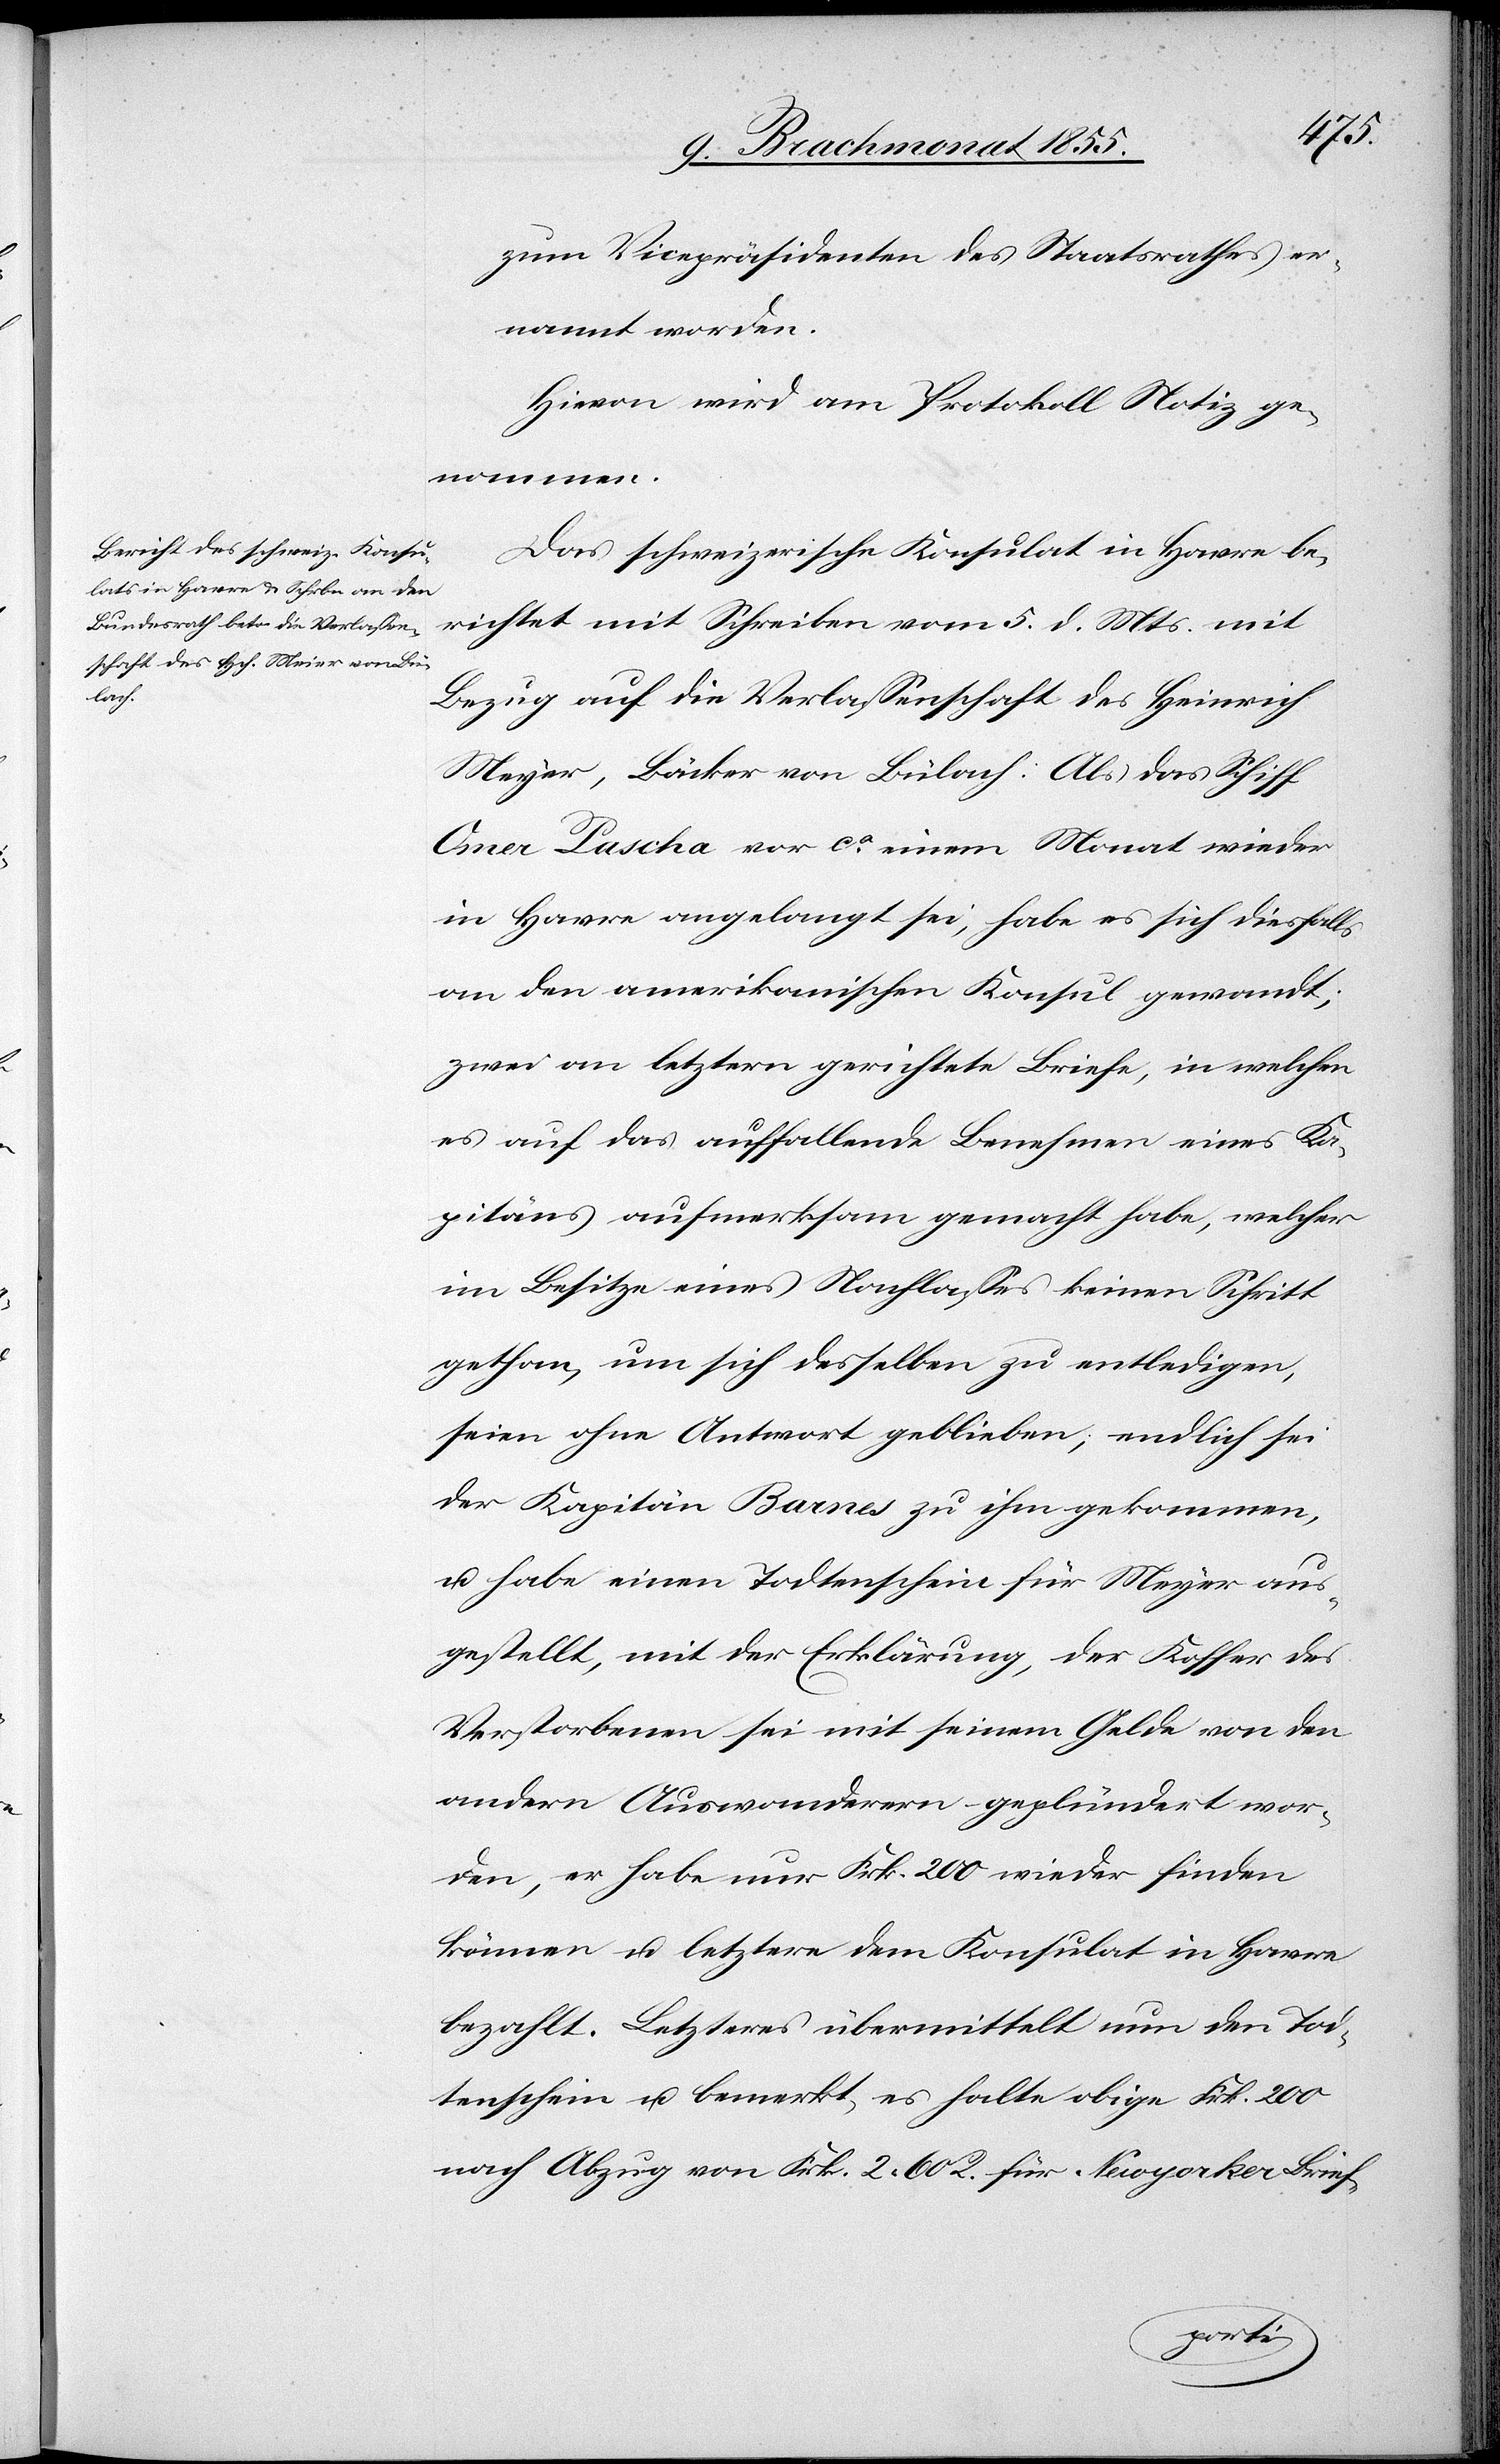
zum Vicepräsidenten des Staatsrathes er¬
nannt worden.
Hievon wird am Protokoll Notiz ge¬
nommen.
Das schweizerische Konsulat in Havre be¬
richtet mit Schreiben vom 5. d. Mts. mit
Bezug auf die Verlassenschaft des Heinrich
Meyer [sic!], Bäcker von Bülach: Als das Schiff
Omer Pascha vor ca einem Monat wieder
in Havre angelangt sei, habe es sich diesfalls
an den amerikanischen Konsul gewandt;
zwei an letztern gerichtete Briefe, in welchen
es auf das auffallende Benehmen eines Ka¬
pitäns aufmerksam gemacht habe, welcher
im Besitze eines Nachlasses keinen Schritt
gethan, um sich desselben zu entledigen,
seien ohne Antwort geblieben, endlich sei
der Kapitän Barnes zu ihm gekommen,
u. habe einen Todtenschein für Meyer aus¬
gestellt, mit der Erklärung, der Koffer des
Verstorbenen sei mit seinem Gelde von den
andern Auswanderern geplündert wor¬
den, er habe nur Frk. 200 wieder finden
können u. letztere dem Konsulat in Havre
bezahlt. Letzteres übermittelt nun den Tod¬
tenschein u. bemerkt, es halte obige Frk. 200
nach Abzug von Frk. 2 60 R. für Newyorker Brief-